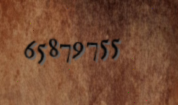
65879755